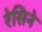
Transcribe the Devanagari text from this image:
रेसिने